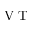
\textnormal { V T }